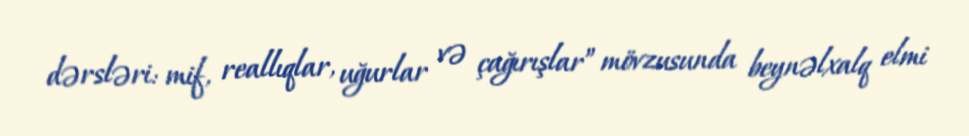
dərsləri: mif, reallıqlar, uğurlar və çağırışlar” mövzusunda beynəlxalq elmi